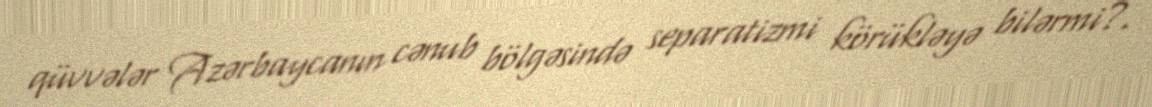
qüvvələr Azərbaycanın cənub bölgəsində separatizmi körükləyə bilərmi?.